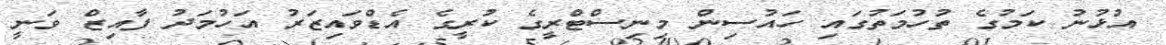
އުޅުނު ކަމުގެ ތުހުމަތުގައި ހައުސިން މިނިސްޓްރީގެ ކުރީގެ އެޑްވައިޒަރު އަހުމަދު ފާއިޒް ވަނީ